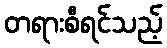
တရားစီရင်သည့်